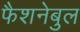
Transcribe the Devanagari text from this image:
फैशनेबुल